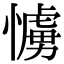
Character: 𢢛